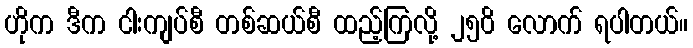
ဟိုက ဒီက ငါးကျပ်စီ တစ်ဆယ်စီ ထည့်ကြလို့ ၂၅၀ိ လောက် ရပါတယ်။